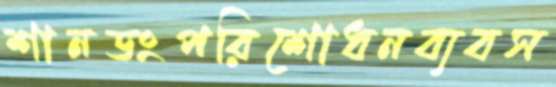
শানডংপরিশোধনব্যবস